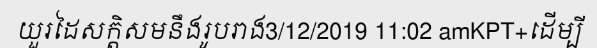
យួរដៃសក្តិសមនឹងរូបរាង3/12/2019 11:02 amKPT+ដើម្បី